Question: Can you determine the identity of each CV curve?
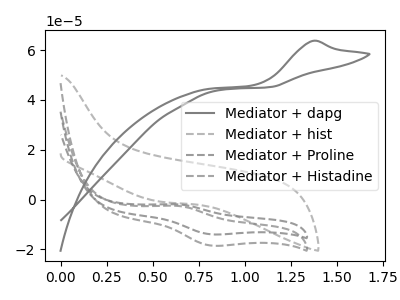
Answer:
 <answer>The gray curve is labeled "Mediator + dapg". The gray dashed curve is labeled "Mediator + hist". The gray dashed curve is labeled "Mediator + Proline". The gray dashed curve is labeled "Mediator + Histadine".</answer>
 <eval></eval>